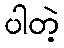
ပါတဲ့